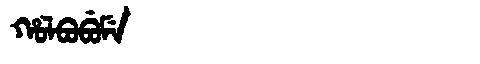
Manchu: ᡥᠣᠯᠪᠣᠪᡠᠮᡝ
Romanization: HOLBOBUME